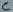
Text: C